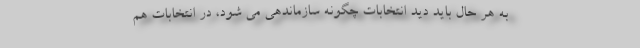
به هر حال باید دید انتخابات چگونه سازماندهی می شود، در انتخابات هم